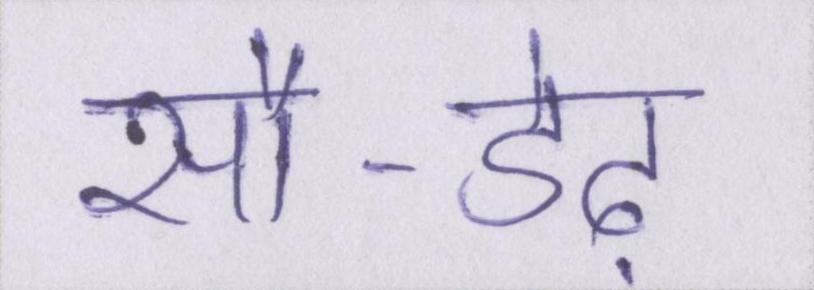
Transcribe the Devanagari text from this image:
सौ-डेढ़